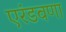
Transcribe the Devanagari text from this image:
एरंडवणा